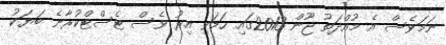
ނަމަވެސް އެ މުއްދަތު ޖޫން 2013ގައި ހަމަވި އިރު ވެސް ޓެސްޓްކުރާނެ ބަޔަކު